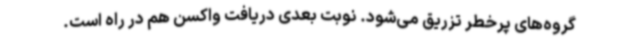
گروه‌های پرخطر تزریق می‌شود. نوبت بعدی دریافت واکسن هم در راه است.